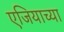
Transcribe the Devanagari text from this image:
एजियाच्या